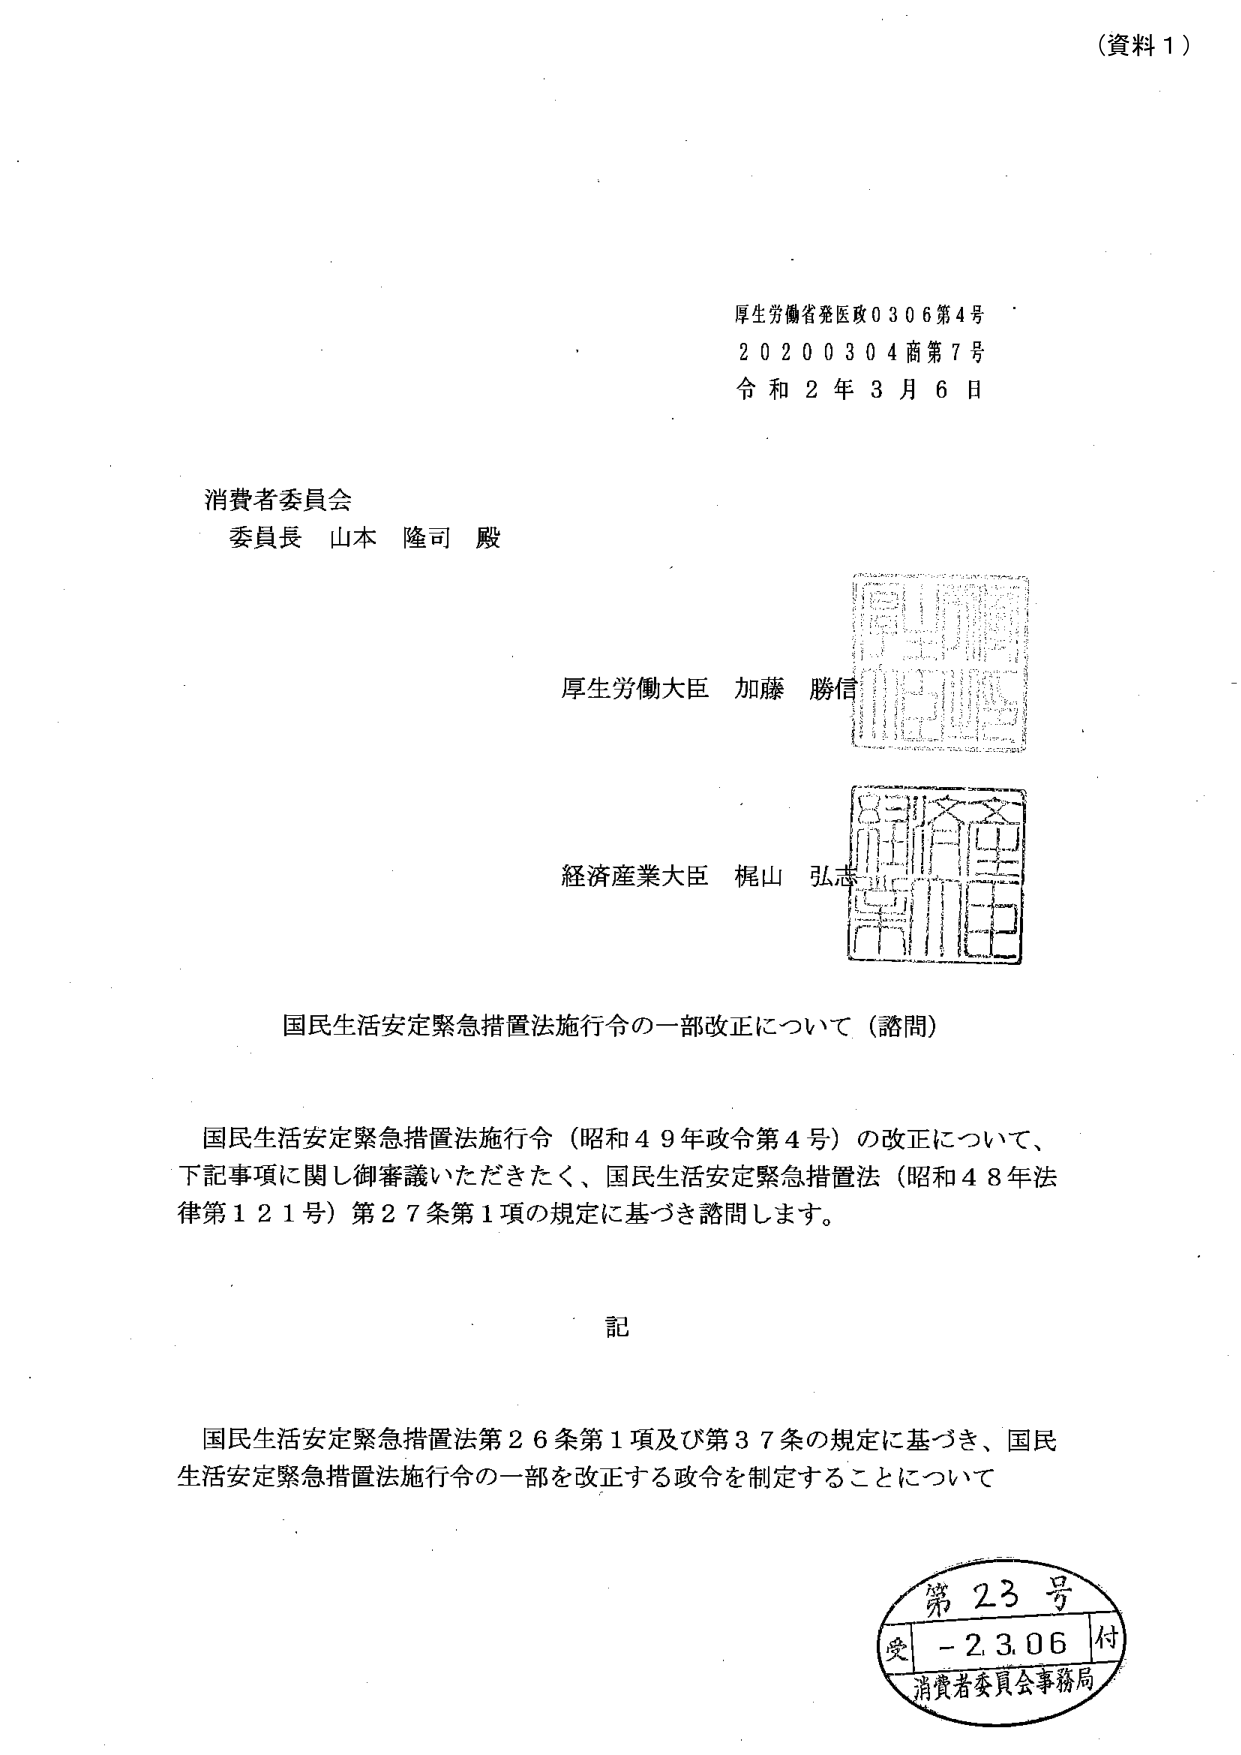
（資料１）

厚生労働省発医政０３０６第４号
２０２００３０４商第７号
令和２年３月６日

消費者委員会
委員長 山本 隆司 殿

厚生労働大臣 加藤 勝信
経済産業大臣 梶山 弘志

国民生活安定緊急措置法施行令の一部改正について（諮問）

国民生活安定緊急措置法施行令（昭和４９年政令第４号）の改正について、
下記事項に関し御審議いただきたく、国民生活安定緊急措置法（昭和４８年法律第１２１号）第２７条第１項の規定に基づき諮問します。

記

国民生活安定緊急措置法第２６条第１項及び第３７条の規定に基づき、国民生活安定緊急措置法施行令の一部を改正する政令を制定することについて

第２３号
受 - 2.3.06 付
消費者委員会事務局